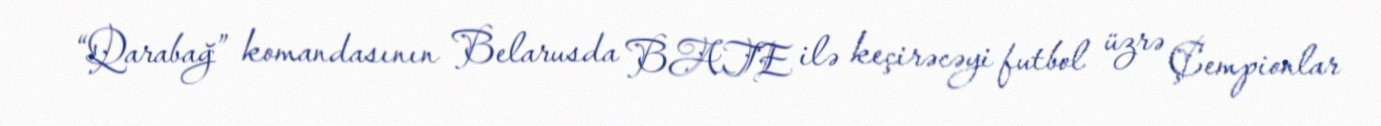
“Qarabağ” komandasının Belarusda BATE ilə keçirəcəyi futbol üzrə Çempionlar